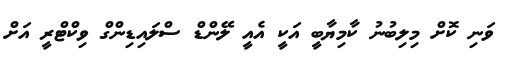
ވަނި ކޮށް މިިލިބުނު ކާމިޔާބީ އަކީ އެއީ ލޭންޑް ސްލައިޑިންގް ވިކްޓްރީ އަށް